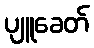
ပျူခေတ်